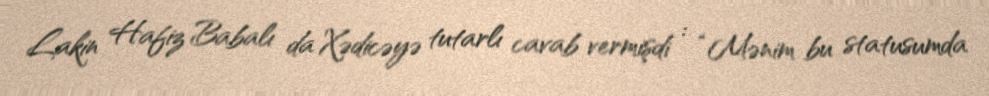
Lakin Hafiz Babalı da Xədicəyə tutarlı cavab vermişdi : “Mənim bu statusumda